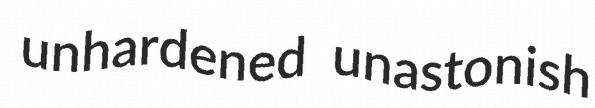
unhardened unastonish